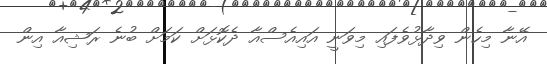
އޭނާ މިހެން ވިދާޅުވެފައި މިވަނީ އައިއެސްއާ ދެކޮޅަށް ކަމަށް ބުނެ ރަޝިއާ އިން